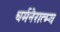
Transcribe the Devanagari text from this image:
धर्मनैरात्म्य